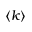
\langle k \rangle